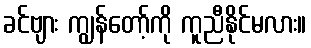
ခင်ဗျား ကျွန်တော့်ကို ကူညီနိုင်မလား။